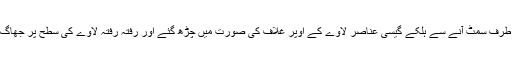
مائع اور گیسی حالت پر مُشتمل اِبتدائی زمین کے بھاری عناصر مرکز کی طرف سمٹ آنے سے ہلکے گیسی عناصر لاوے کے اُوپر غلاف کی صورت میں چڑھ گئے اور رفتہ رفتہ لاوے کی سطح پر جھاگ نما تہہ چڑھنے لگی جو وقت گزرنے کے ساتھ ساتھ سخت ہوتی چلی گئی۔